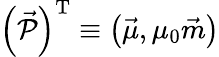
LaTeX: \left(\vec{\mathcal{P}}\right)^{\mathrm{T}}\equiv\left(\vec{\mu},\mu_{0}\vec{m}\right)